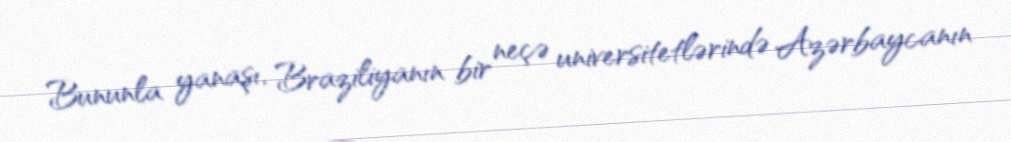
Bununla yanaşı, Braziliyanın bir neçə universitetlərində Azərbaycanın